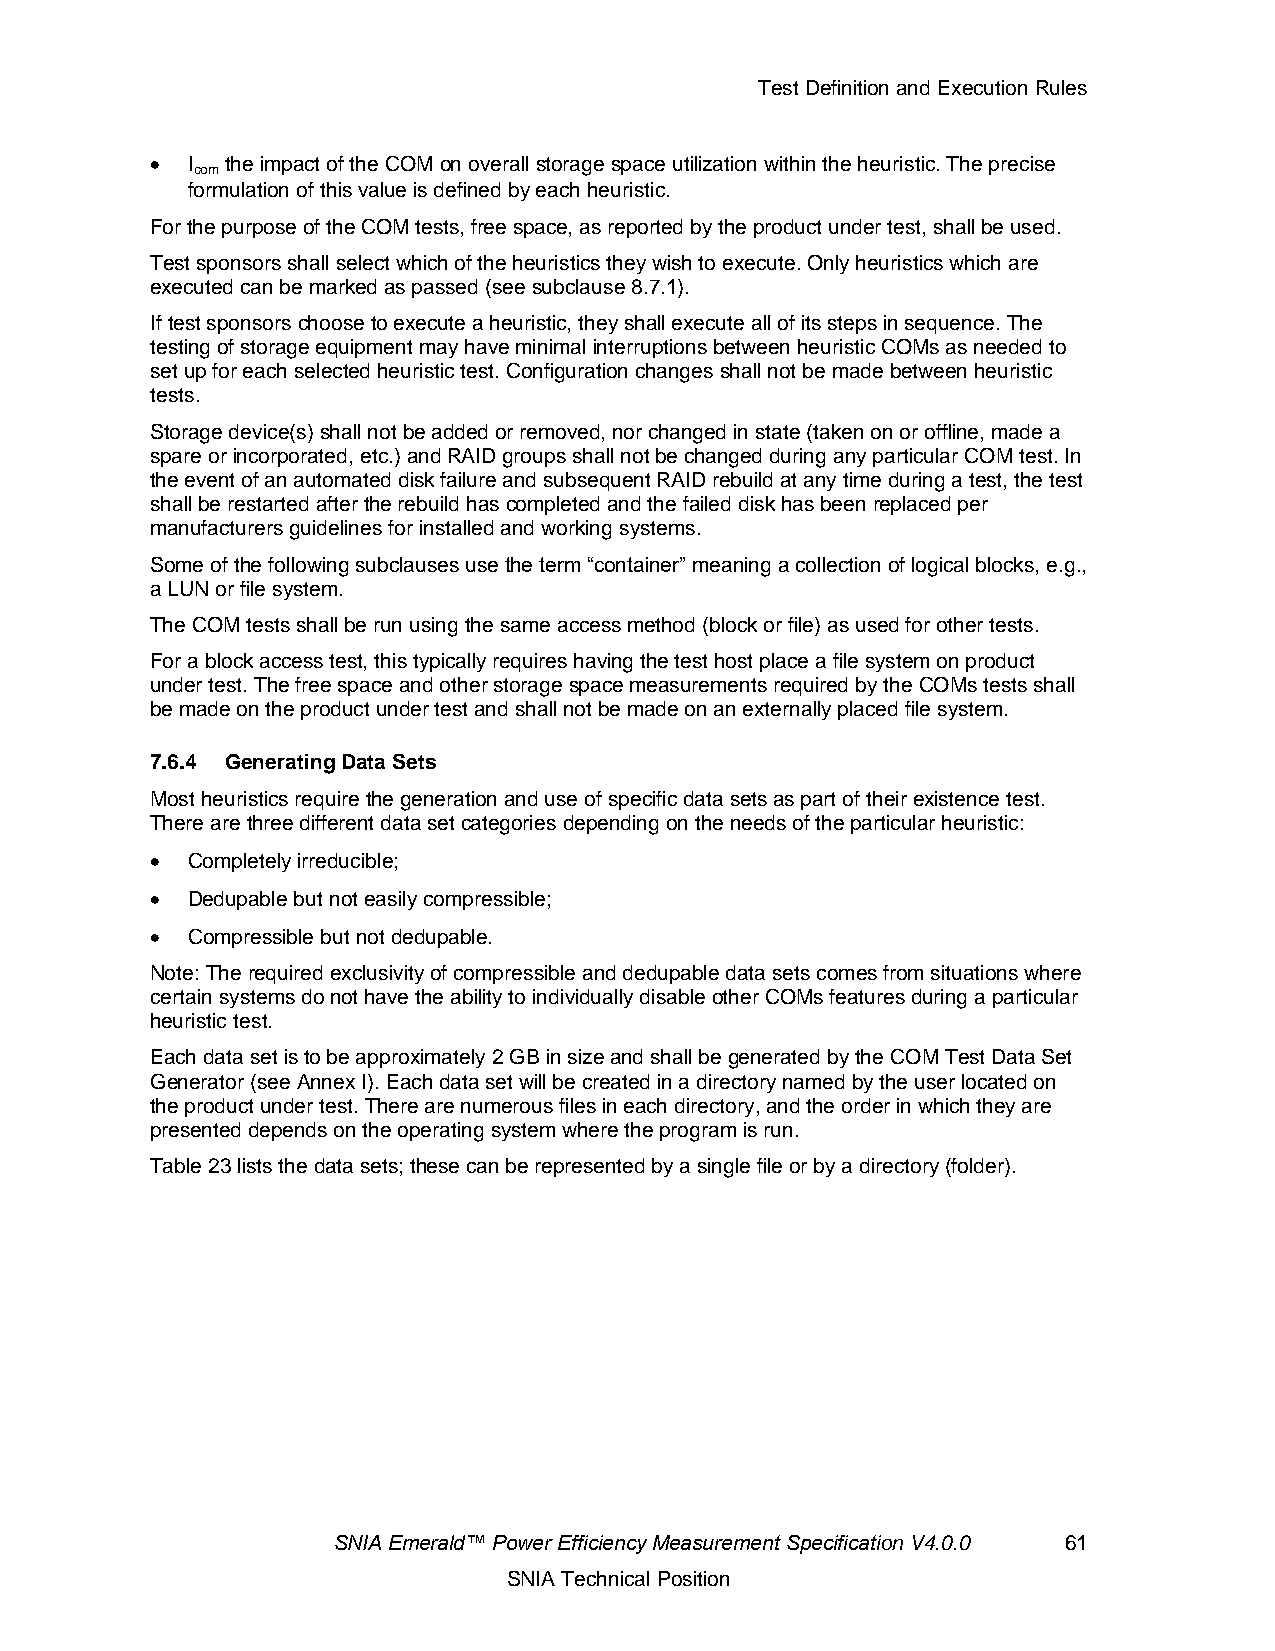
Test Definition and Execution Rules
 • I  the impact of the COM on overall storage space utilization within the heuristic. The precise
 com
 formulation of this value is defined by each heuristic.
 For the purpose of the COM tests, free space, as reported by the product under test, shall be used.
 Test sponsors shall select which of the heuristics they wish to execute. Only heuristics which are
 executed can be marked as passed (see subclause 8.7.1).
 If test sponsors choose to execute a heuristic, they shall execute all of its steps in sequence. The
 testing of storage equipment may have minimal interruptions between heuristic COMs as needed to
 set up for each selected heuristic test. Configuration changes shall not be made between heuristic
 tests.
 Storage device(s) shall not be added or removed, nor changed in state (taken on or offline, made a
 spare or incorporated, etc.) and RAID groups shall not be changed during any particular COM test. In
 the event of an automated disk failure and subsequent RAID rebuild at any time during a test, the test
 shall be restarted after the rebuild has completed and the failed disk has been replaced per
 manufacturers guidelines for installed and working systems.
 Some of the following subclauses use the term “container” meaning a collection of logical blocks, e.g.,
 a LUN or file system.
 The COM tests shall be run using the same access method (block or file) as used for other tests.
 For a block access test, this typically requires having the test host place a file system on product
 under test. The free space and other storage space measurements required by the COMs tests shall
 be made on the product under test and shall not be made on an externally placed file system.
 7.6.4 Generating Data Sets
 Most heuristics require the generation and use of specific data sets as part of their existence test.
 There are three different data set categories depending on the needs of the particular heuristic:
 • Completely irreducible;
 • Dedupable but not easily compressible;
 • Compressible but not dedupable.
 Note: The required exclusivity of compressible and dedupable data sets comes from situations where
 certain systems do not have the ability to individually disable other COMs features during a particular
 heuristic test.
 Each data set is to be approximately 2 GB in size and shall be generated by the COM Test Data Set
 Generator (see Annex I). Each data set will be created in a directory named by the user located on
 the product under test. There are numerous files in each directory, and the order in which they are
 presented depends on the operating system where the program is run.
 Table 23 lists the data sets; these can be represented by a single file or by a directory (folder).
 SNIA Emerald™ Power Efficiency Measurement Specification V4.0.0 61
 SNIA Technical Position